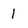
Character: I